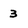
Character: 3